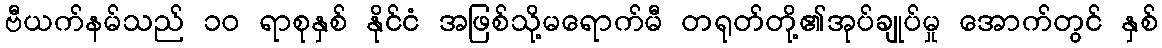
ဗီယက်နမ်သည် ၁၀ ရာစုနှစ် နိုင်ငံ အဖြစ်သို့မရောက်မီ တရုတ်တို့၏အုပ်ချုပ်မှု အောက်တွင် နှစ်